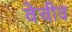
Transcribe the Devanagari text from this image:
वेचीव